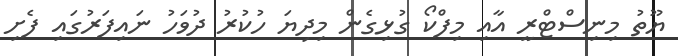
ޔޫތު މިނިސްޓްރީ އާއި މިފްކޯ ގުޅިގެން މިދިޔަ ހުކުރު ދުވަހު ނައިފަރުގައި ފެށި